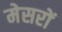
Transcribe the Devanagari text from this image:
मेसरों